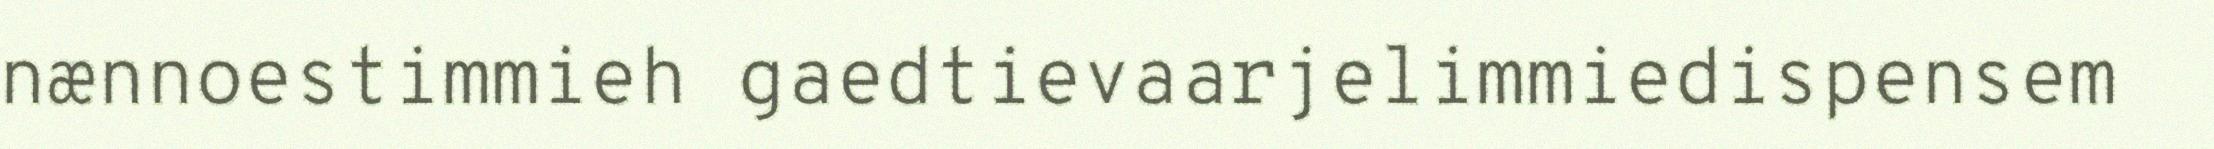
nænnoestimmieh gaedtievaarjelimmiedispensem